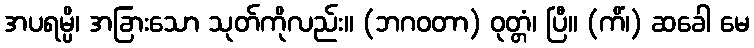
အပရမ္ပိ၊ အခြားသော သုတ်ကိုလည်း။ (ဘဂဝတာ) ဝုတ္တံ၊ ပြီ။ (ကိံ၊) ဆခေါ မေ